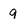
Character: q